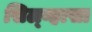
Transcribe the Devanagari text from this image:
सिल्व्हासा